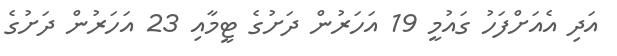
އަދި އެއަށްފަހު ގައުމީ 19 އަހަރުން ދަށުގެ ޓީމާއި 23 އަހަރުން ދަށުގެ